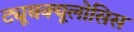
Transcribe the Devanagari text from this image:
ट्यूबक्यूलोसिस